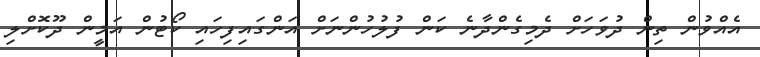
އެއްވުން ތިން ދުވަހަށް ދެމިގެންދާނެ ކަން ފުލުހުންނަށް އަންގައިފިހައި ކޯޓުން އަމީން ދޫކޮށްލި